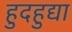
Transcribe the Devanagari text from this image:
हुदहुद्या